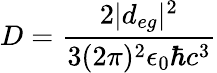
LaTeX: D=\frac{2|d_{eg}|^{2}}{3(2\pi)^{2}\epsilon_{0}\hbar c^{3}}